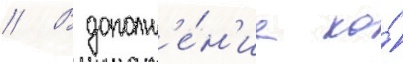
// В дополн'е́н'ие ко́